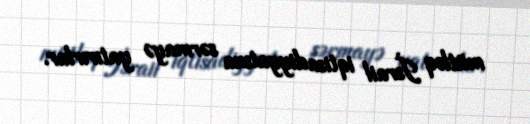
mütləq İsrail iqtisadiyyatına sərmayə yatırırlar.